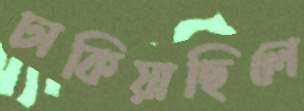
ঢাকিয়াছিলে